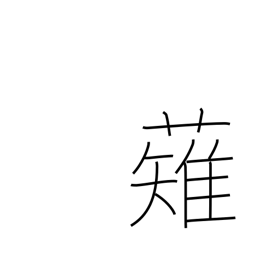
Meaning: mow down (the enemy)